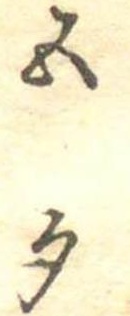
五勺